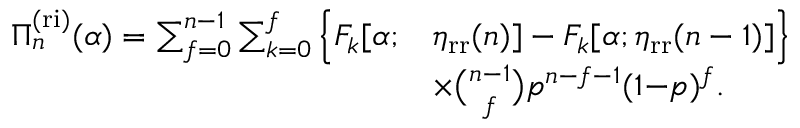
\begin{array} { r l } { \Pi _ { n } ^ { \mathrm { ( r i ) } } ( \alpha ) = \sum _ { f = 0 } ^ { n - 1 } \sum _ { k = 0 } ^ { f } \Big \{ F _ { k } [ \alpha ; } & { \eta _ { \mathrm { r r } } ( n ) ] - F _ { k } [ \alpha ; \eta _ { \mathrm { r r } } ( n - 1 ) ] \Big \} } \\ & { \times \binom { n - 1 } { f } p ^ { n - f - 1 } ( 1 { - } p ) ^ { f } . } \end{array}